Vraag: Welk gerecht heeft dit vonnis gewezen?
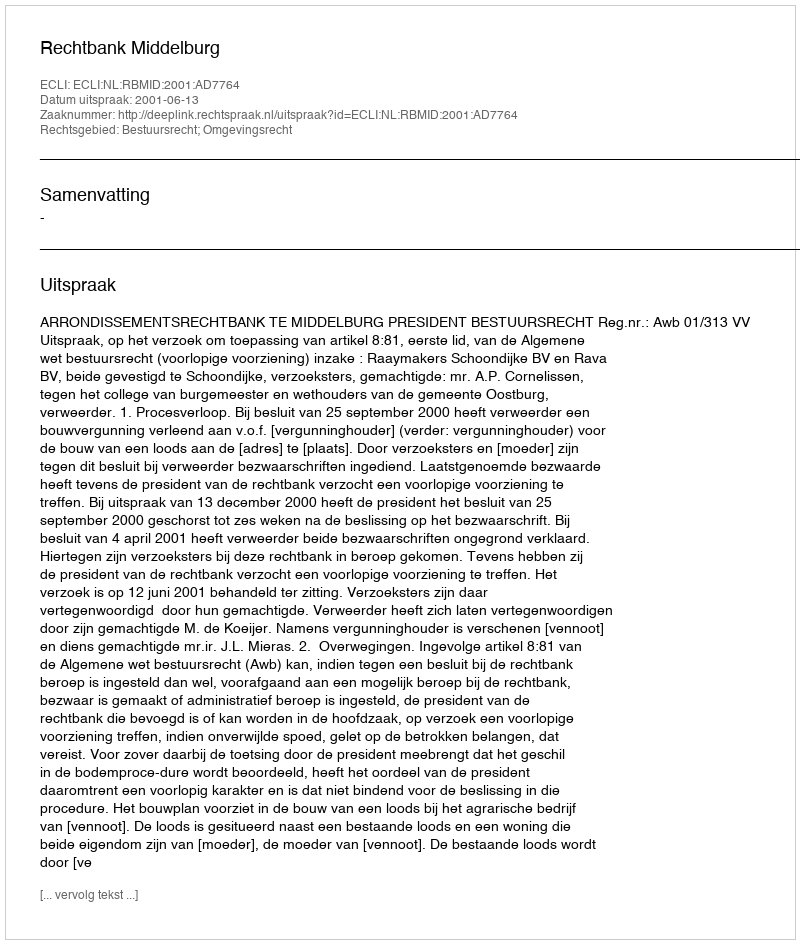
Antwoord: Rechtbank Middelburg